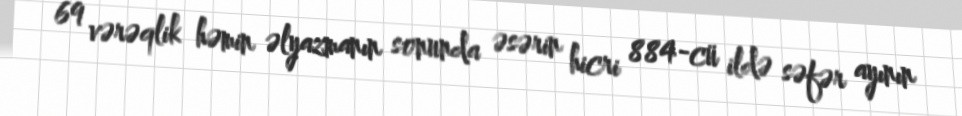
69 vərəqlik həmin əlyazmanın sonunda əsərin hicri 884-cü ildə səfər ayının